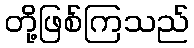
တို့ဖြစ်ကြသည်